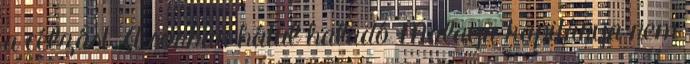
a célzást. A sorban hátul haladó Malaya kapitánya nem